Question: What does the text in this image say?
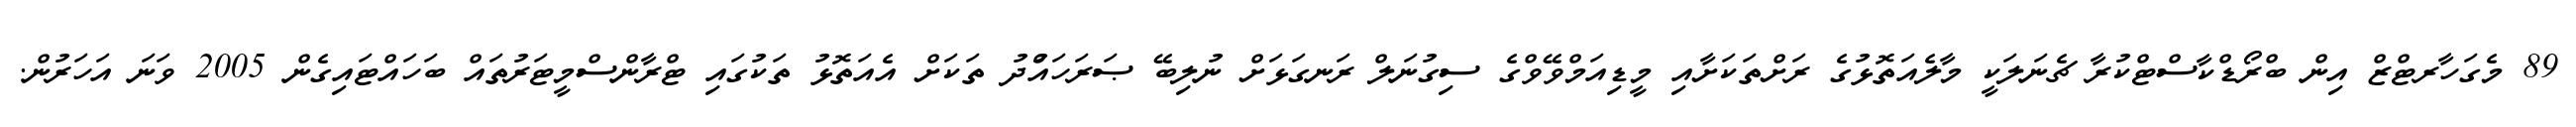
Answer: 89 މެގަހާރޓްޒް އިން ބްރޯޑްކާސްޓްކުރާ ޗެނަލަކީ މާލެއަތޮޅުގެ ރަށްތަކަށާއި މީޑިއަމްވޭވްގެ ސިގުނަލް ރަނގަޅަށް ނުލިބޭ ޞަރަހައްުދު ތަކަށް އެއަތޮޅު ތަކުގައި ޓްރާންސްމީޓަރުތައް ބަހައްޓައިގެން 2005 ވަނަ އަހަރުން.